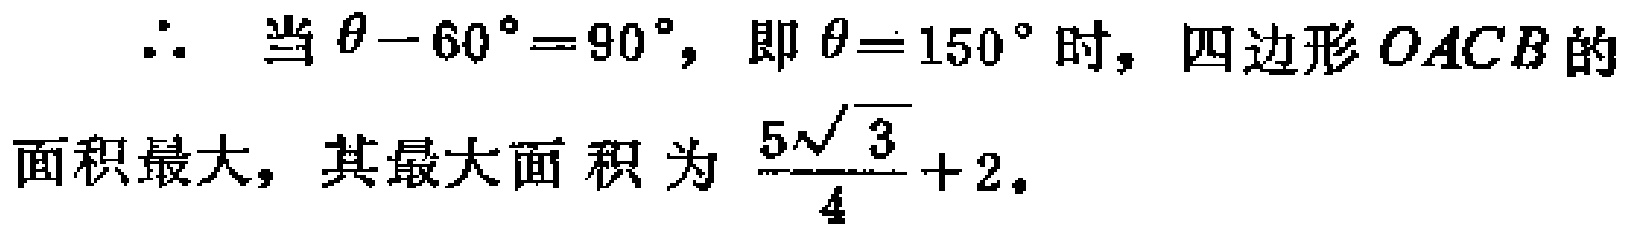
$\therefore$ 当 $\theta - 60^{\circ}=90^{\circ}$，即 $\theta = 150^{\circ}$ 时，四边形 $OACB$ 的面积最大，其最大面积为 $\frac{5\sqrt{3}}{4}+2$。